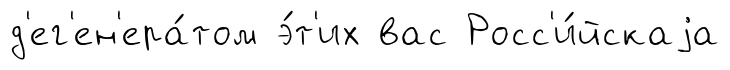
д'ег'ен'ера́том э́т'их вас Росс'и́йскаjа